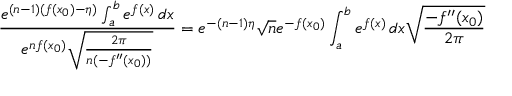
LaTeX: { \frac { e ^ { ( n - 1 ) ( f ( x _ { 0 } ) - \eta ) } \int _ { a } ^ { b } e ^ { f ( x ) } \, d x } { e ^ { n f ( x _ { 0 } ) } { \sqrt { \frac { 2 \pi } { n ( - f ^ { \prime \prime } ( x _ { 0 } ) ) } } } } } = e ^ { - ( n - 1 ) \eta } { \sqrt { n } } e ^ { - f ( x _ { 0 } ) } \int _ { a } ^ { b } e ^ { f ( x ) } \, d x { \sqrt { \frac { - f ^ { \prime \prime } ( x _ { 0 } ) } { 2 \pi } } }